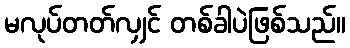
မလုပ်တတ်လျှင် တစ်ခါပဲဖြစ်သည်။